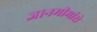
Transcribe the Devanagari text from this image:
ज्ञानमीमांसे